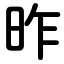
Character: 昨